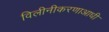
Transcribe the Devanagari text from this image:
विलीनीकरणाआधी